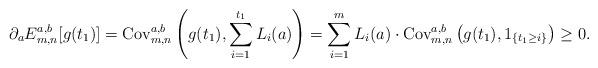
LaTeX: \begin{align*}\partial_a E_{m,n}^{a,b} [g(t_1)]=\mathrm{Cov}^{a,b}_{m,n} \left( g(t_1),\sum_{i=1}^{t_1} L_i(a) \right)=\sum_{i=1}^m L_i(a) \cdot \mathrm{Cov}^{a,b}_{m,n} \left( g(t_1), 1_{\{t_1\ge i\}} \right)\ge 0.\end{align*}